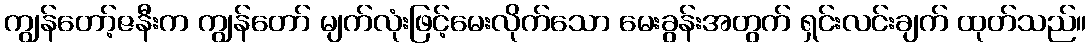
ကျွန်တော့်ဇနီးက ကျွန်တော် မျက်လုံးဖြင့်မေးလိုက်သော မေးခွန်းအတွက် ရှင်းလင်းချက် ထုတ်သည်။